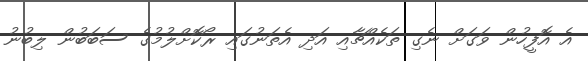
އެ އޮފީހުން ވަގަށް ނެގި ތަކެއްޗާއި އަދި އެތަނުގައި ރޯކޮށްލުމުގެ ސަބަބުން ލިބުނު